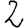
Digit: 2